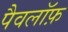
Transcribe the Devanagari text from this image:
पैवलॉफ़